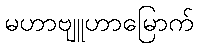
မဟာဗျူဟာမြောက်